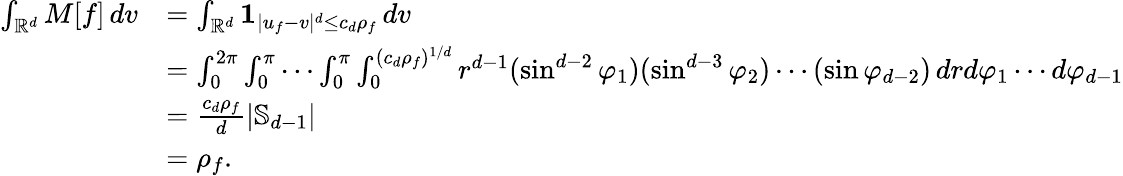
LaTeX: \begin{array}{rl}{\int_{\mathbb{R}^{d}}M[f]\, dv}&{=\int_{\mathbb{R}^{d}}\mathbf{1}_{|u_{f}-v|^{d}\le c_{d}\rho_{f}}\, dv}\\ &{=\int_{0}^{2\pi}\int_{0}^{\pi}\cdots\int_{0}^{\pi}\int_{0}^{(c_{d}\rho_{f})^{1/d}}r^{d-1}(\sin^{d-2}\varphi_{1})(\sin^{d-3}\varphi_{2})\cdots(\sin\varphi_{d-2})\, drd\varphi_{1}\cdots d\varphi_{d-1}}\\ &{=\frac{c_{d}\rho_{f}}{d}\left|\mathbb{S}_{d-1}\right|}\\ &{=\rho_{f}.}\end{array}